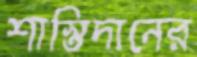
শাস্তিদানের